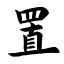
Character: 置